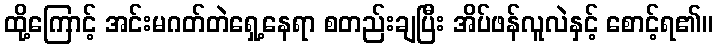
ထို့ကြောင့် အင်းမဂတ်တဲရှေ့နေရာ စတည်းချပြီး အိပ်ဖန်လူလဲနှင့် စောင့်ရ၏။